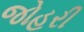
જોહરી